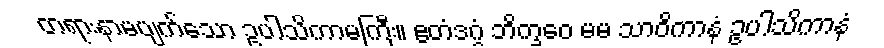
တရားနာမပျက်သော ဥပါသိကာမကြီး။ ဧတံဒဂ္ဂံ ဘိက္ခဝေ မမ သာဝိကာနံ ဥပါသိကာနံ